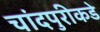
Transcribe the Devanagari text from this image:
चांदपुरीकडे